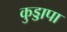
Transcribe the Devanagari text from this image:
कुड्डापा